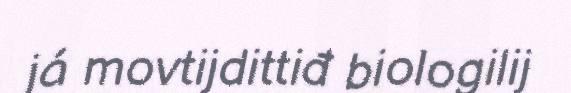
já movtijdittiđ biologilij